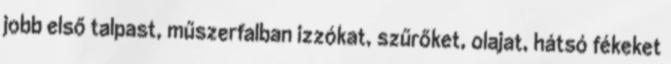
jobb első talpast, műszerfalban izzókat, szűrőket, olajat, hátsó fékeket